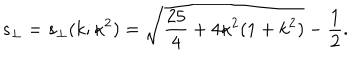
s _ { \perp } = s _ { \perp } ( k ; \kappa ^ { 2 } ) = \sqrt { \frac { 2 5 } { 4 } + 4 \kappa ^ { 2 } ( 1 + k ^ { 2 } ) } - \frac 1 2 .